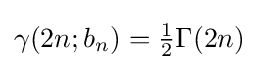
{\textstyle \gamma (2n;b_{n})={\frac {1}{2}}\Gamma (2n)}